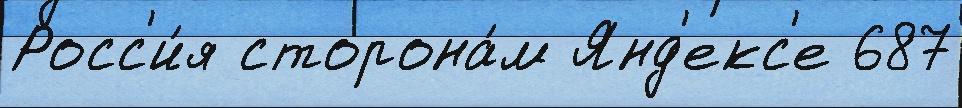
Росс'и́я сторона́м Янд'екс'е 687